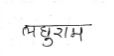
मजकूर: लघुराम